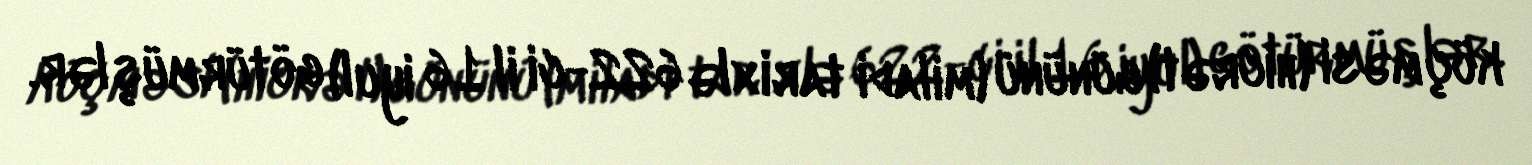
köçməsi (hicrət) gününü (miladi tarixlə 622-ci il 16 iyul) götürmüşlər.